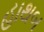
હાથબ